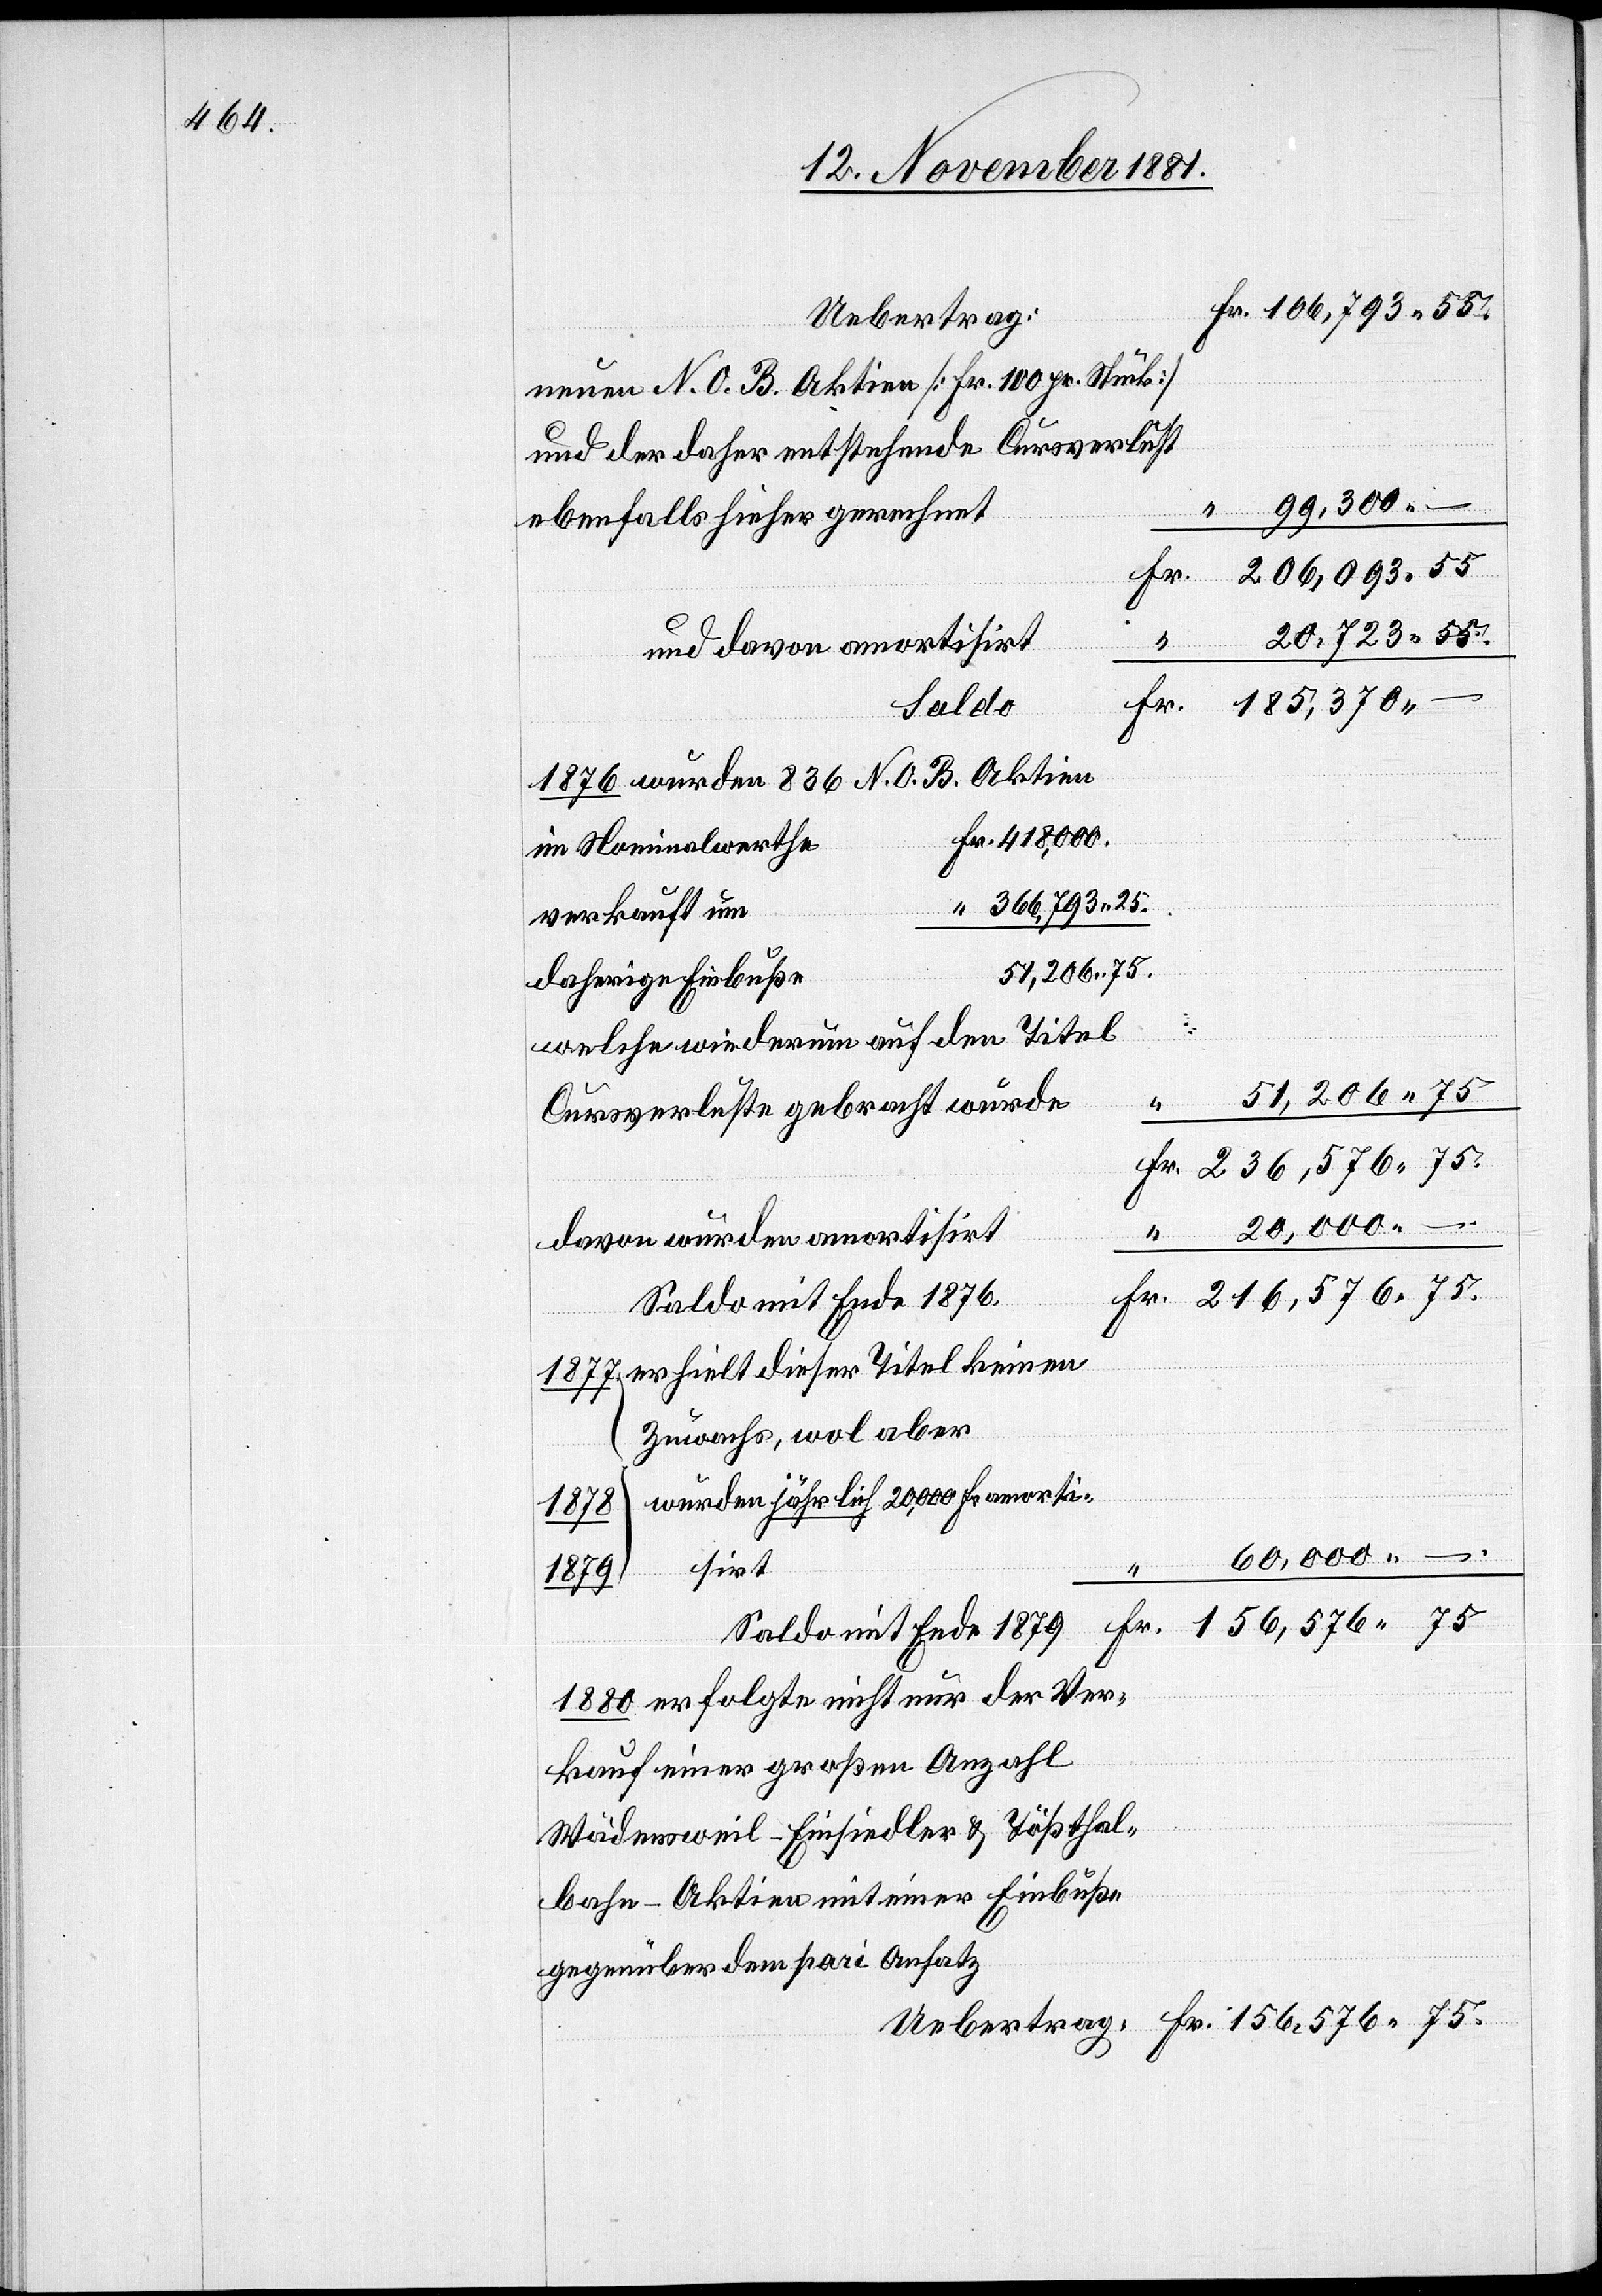
neuen N. O. B. Aktien [Fr. 100 pr. Stück]
“ 99,300 –
ebenfalls hieher gerechne¬
Fr.
206,093 55
20,723 55.
und
–
Saldo
1876 wurden 863 N. O. B. Aktien
Fr. 418,000.
im Nominalwerthe
“ 366,793 25.
51,206 75.
daherige Einbuß¬
.
welche wiederum auf den Titel
51,206 75
Cursverluste gebracht wurde
Fr. 236,576 75.
Tößthal¬
75.
erhielt dieser Titel keinen
Zuwachs, wol aber
wurden jährlich 20,000 Fr.
1879
60,000 –
sirt
1880 erfolgte nicht nur der Ver¬
kauf einer großen Anzahl
bahn-Aktien mit einer Einbuße
gegenüber dem pari Ansatz

der